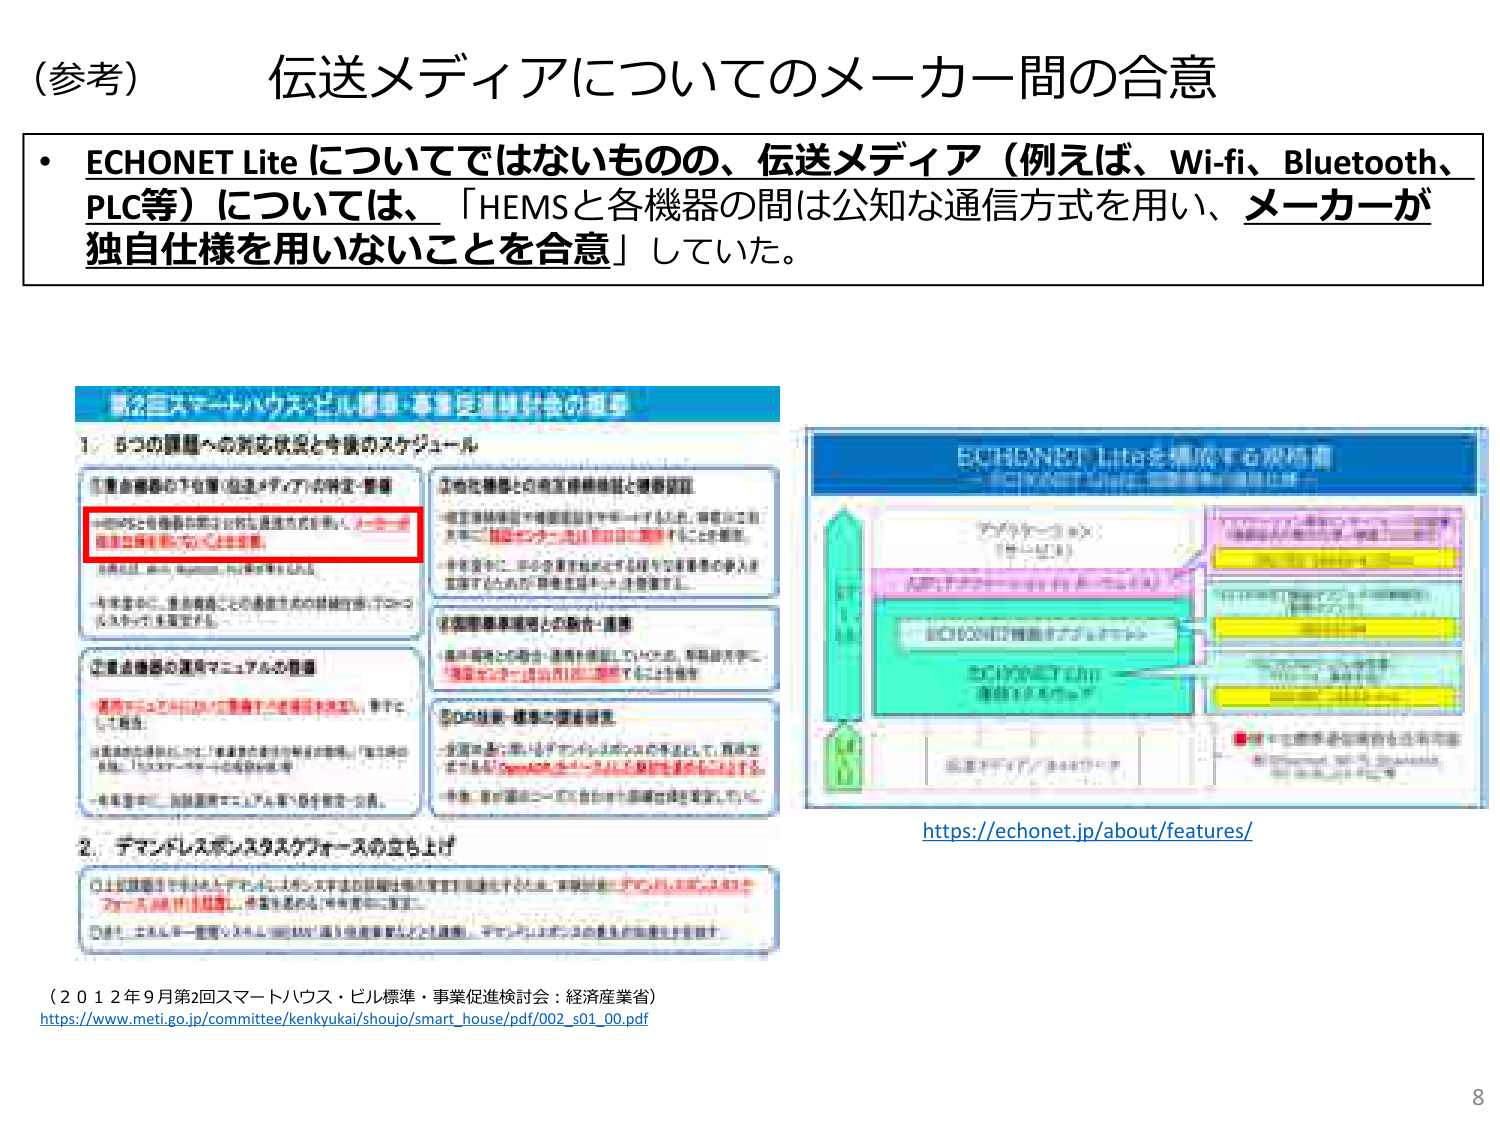
（参考） 伝送メディアについてのメーカー間の合意

・ECHONET Lite についてではないものの、伝送メディア（例えば、Wi-fi、Bluetooth、PLC等）については、「HEMSと各機器の間は公知な通信方式を用い、メーカーが独自仕様を用いないことを合意」していた。

（2012年9月第2回スマートハウス・ビル標準・事業促進検討会：経済産業省）
https://www.meti.go.jp/committee/kenkyukai/shoujo/smart_house/pdf/002_s01_00.pdf

https://echonet.jp/about/features/

8